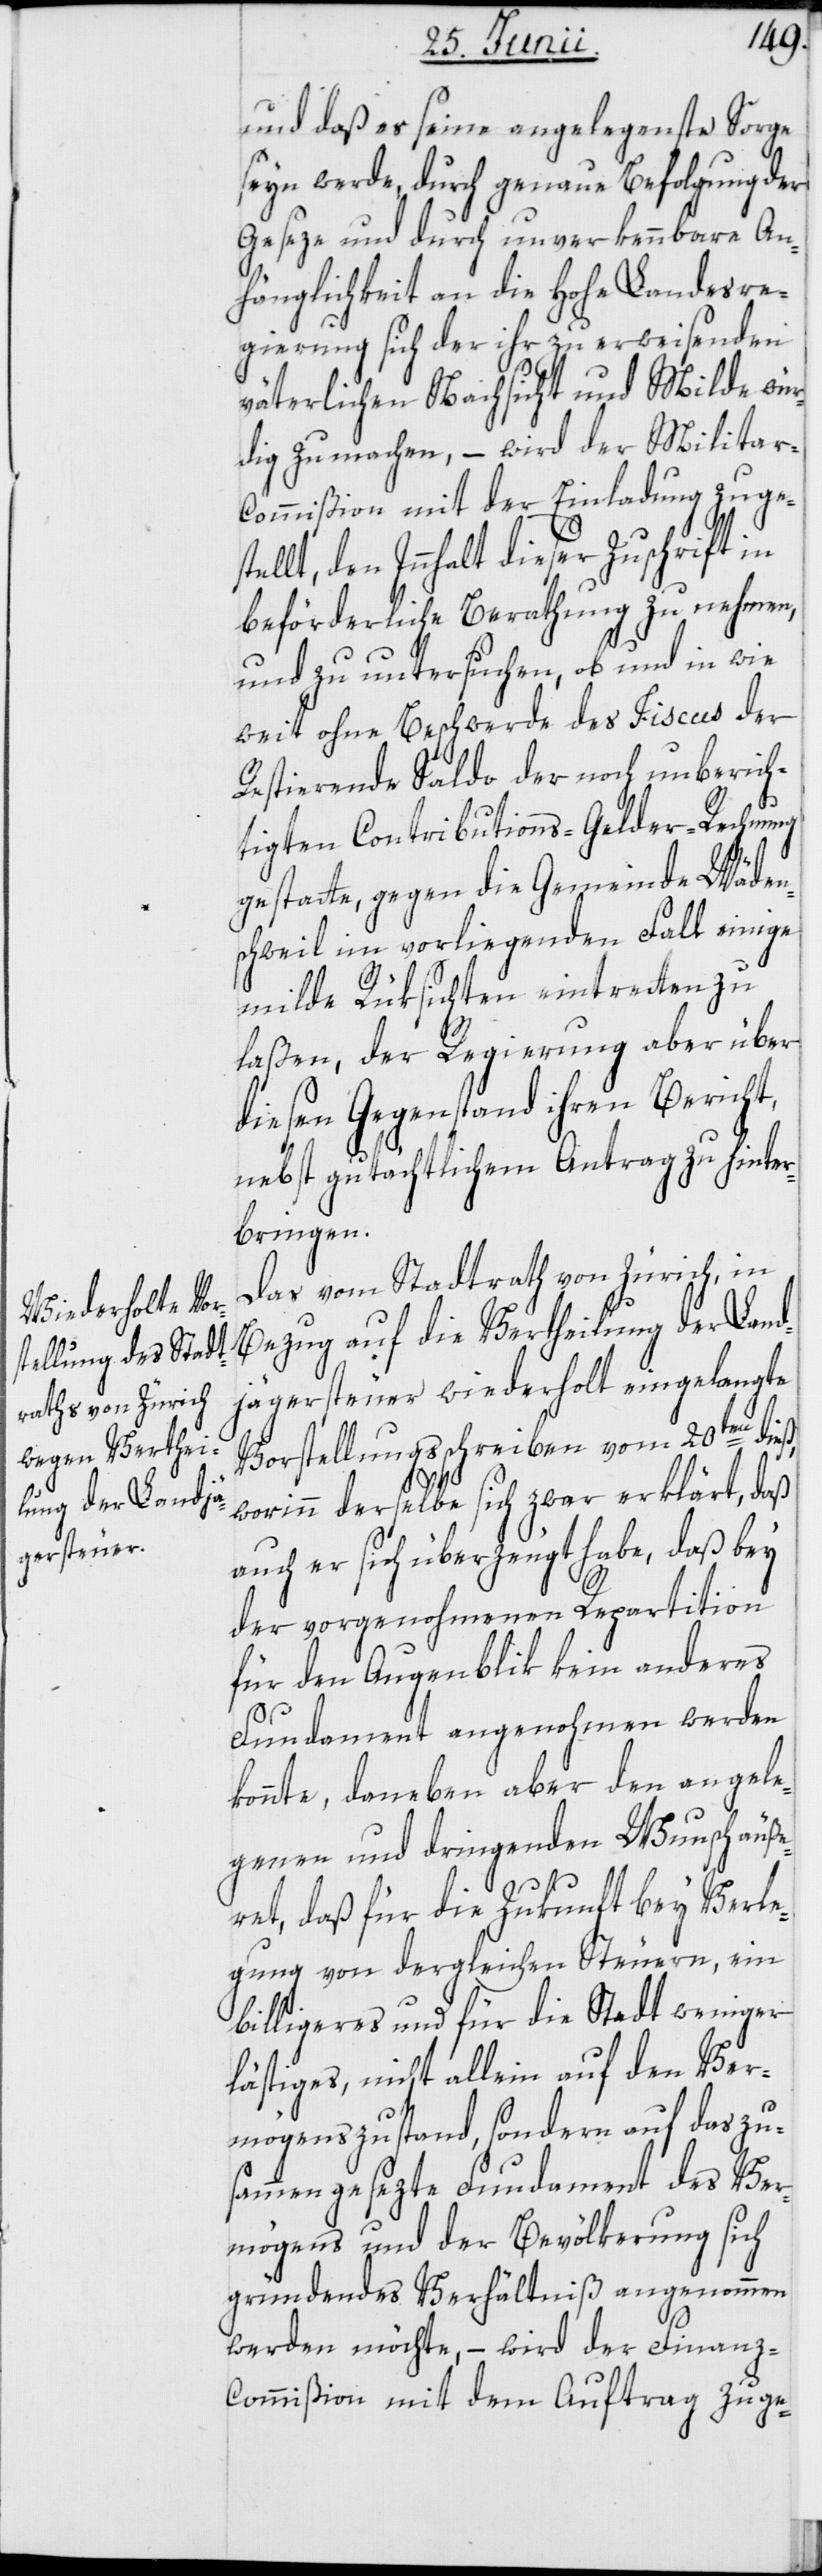
und daß es seine angelegenste Sorge
seyn werde, durch genaue Befolgung der
Geseze und durch unverkennbare An¬
hänglichkeit an die hohe Landesre¬
gierung sich der ihr erweisenden
väterlichen Nachsicht und Milde wür¬
dig zu machen, – wird der Militar-C¬
ommißion mit der Einladung zuge¬
den Innhalt dieser Zuschrift in
beförderliche Berathung zu nehmen,
und zu untersuchen, ob und in wie
weit ohne Beschwerde des Fiscus der
Restierende Saldo der noch unberich¬
tigten Contributions-Gelder-Rechnung
gestatte, gegen die Gemeinde Wäden¬
schweil im vorliegenden Fall einige
llt,
milde Rüksichten eintretten zu
laßen, der Regierung aber über
diesen Gegenstand ihren Bericht,
nebst gutächtlichem Antrag zu hinter¬
bringen.
Das vom Stadtrath von Zürich, in
Bezug auf die Vertheilung der Land¬
jägersteuer wiederholt eingelangte
Vorstellungsschreiben vom 20ten dieß,
ste¬
worinn derselbe sich zwar erklärt, daß
auch er sich überzeugt habe, daß bey
der vorgenohmenen Repartition
für den Augenblik kein anderes
Fundament angenohmen werden
könnte, daneben aber den angele¬
genen und dringenden Wunsch äuße¬
ret, daß für die Zukunft bey Verle¬
gung von dergleichen Steuern, ein
billigeres und für die Stadt weniger
lästiges, nicht allein auf den Ver¬
mögenszustand, sondern auf das zu¬
sammengesezte Fundament des Ver¬
mögens und der Bevölkerung sich
gründendes Verhältniß angenommen
werden möchte, – wird der Finanz-C¬
ommißion mit dem Auftrag zuge-